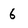
Character: 6